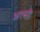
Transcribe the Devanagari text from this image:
अल्सी